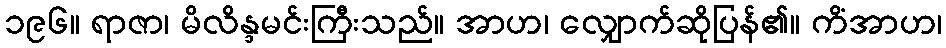
၁၉၆။ ရာဇာ၊ မိလိန္ဒမင်းကြီးသည်။ အာဟ၊ လျှောက်ဆိုပြန်၏။ ကိံအာဟ၊